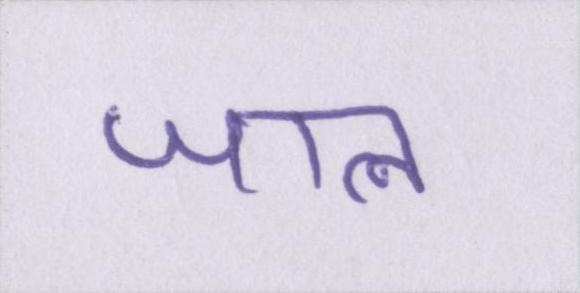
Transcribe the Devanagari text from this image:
जाल